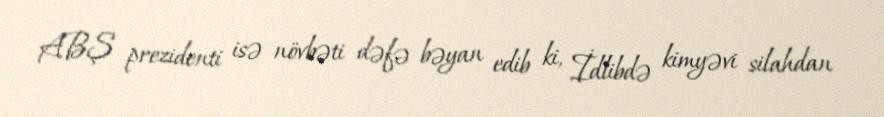
ABŞ prezidenti isə növbəti dəfə bəyan edib ki, İdlibdə kimyəvi silahdan